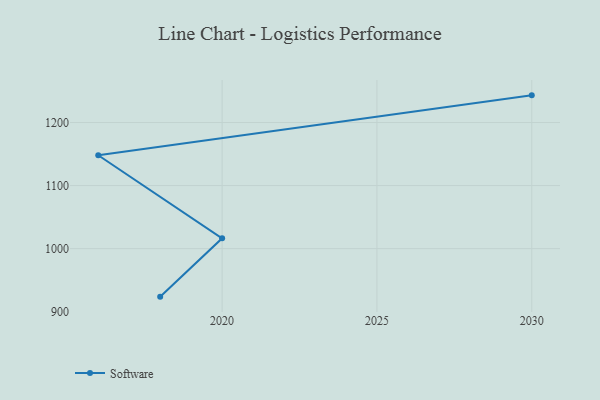
{"axis": {"x": "Year", "y": "Energy Usage (MWh)"}, "legend": ["Software"], "data": [{"x": "2030", "y": 1243.1, "type": "Software"}, {"x": "2016", "y": 1148.1, "type": "Software"}, {"x": "2020", "y": 1016.3, "type": "Software"}, {"x": "2018", "y": 923.8, "type": "Software"}]}